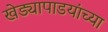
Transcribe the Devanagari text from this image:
खेड्यापाडयांच्या